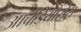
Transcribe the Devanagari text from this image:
आर्चडियोसेस